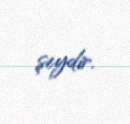
şeydir.